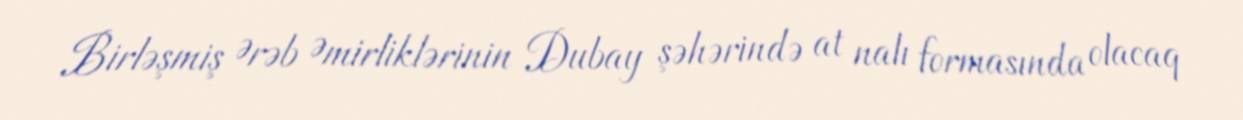
Birləşmiş Ərəb Əmirliklərinin Dubay şəhərində at nalı formasında olacaq